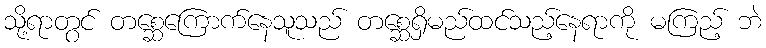
သို့ရာတွင် တစ္ဆေကြောက်နေသူသည် တစ္ဆေရှိမည်ထင်သည့်နေရာကို မကြည့် ဘဲ